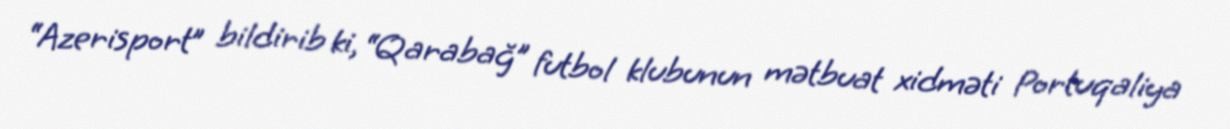
“Azerisport” bildirib ki, “Qarabağ” futbol klubunun mətbuat xidməti Portuqaliya